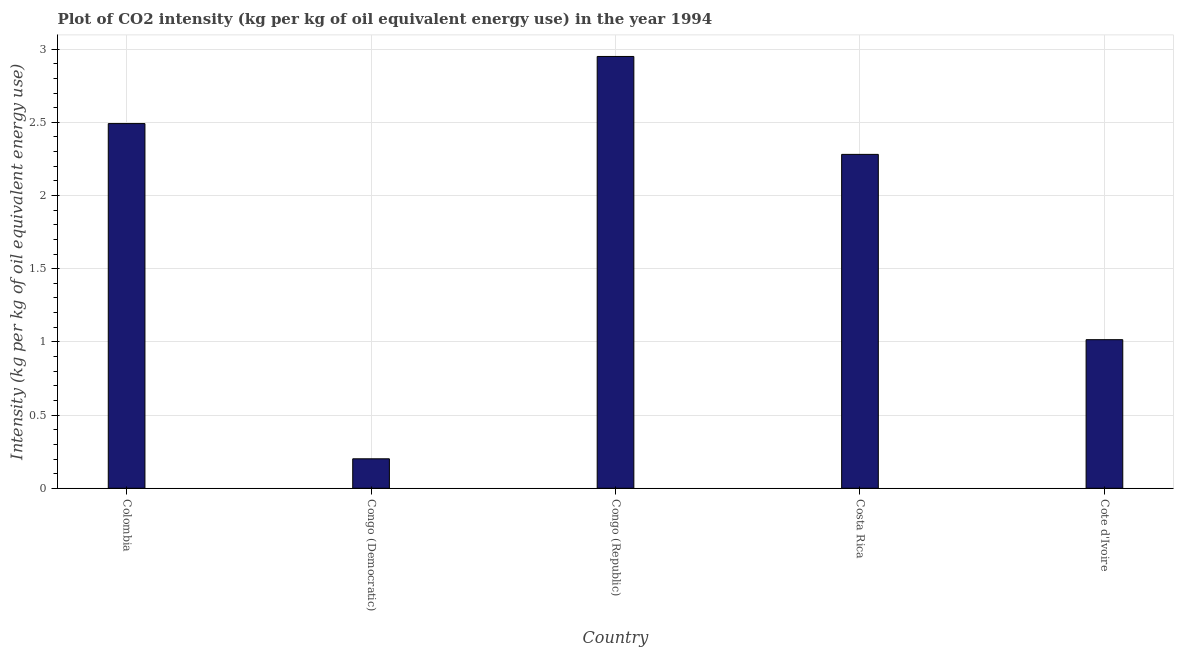
| Country | CO2 intensity |
 | --- | --- |
 | Colombia | 2.49 |
 | Congo (Democratic) | 0.201 |
 | Congo (Republic) | 2.95 |
 | Costa Rica | 2.28 |
 | Cote d'Ivoire | 1.02 |